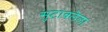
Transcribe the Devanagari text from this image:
सुटावलेला